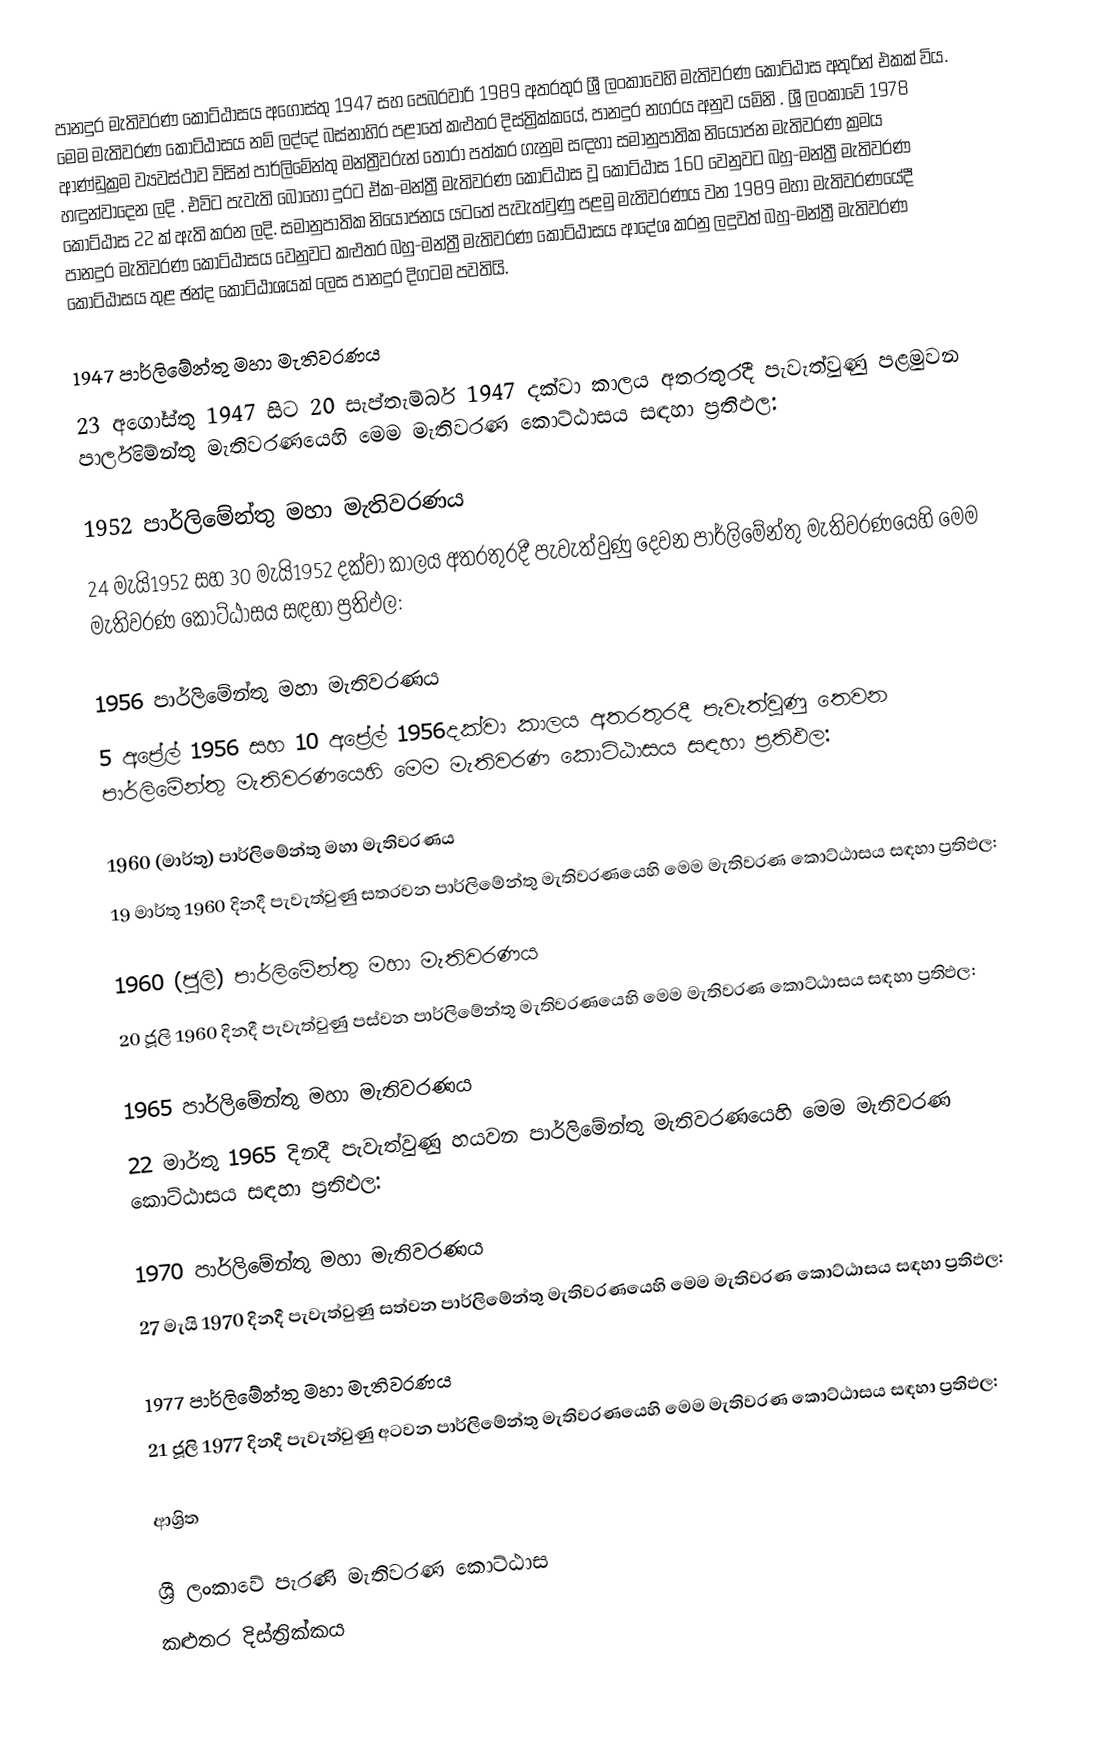
පානදුර මැතිවරණ කොට්ඨාසය  අගෝස්තු 1947 සහ පෙබරවාරි 1989 අතරතුර  ශ්‍රී ලංකාවෙහි  මැතිවරණ කොට්ඨාස අතුරින් එකක් විය. මෙම මැතිවරණ කොට්ඨාසය නම් ලද්දේ බස්නාහිර පළාතේ කළුතර දිස්ත්‍රික්කයේ,  පානදුර  නගරය අනුව යමිනි . ශ්‍රී ලංකාවේ 1978 ආණ්ඩුක්‍රම ව්‍යවස්ථාව විසින්   පාර්ලිමේන්තු මන්ත්‍රීවරුන් තෝරා පත්කර ගැනුම සඳහා සමානුපාතික නියෝජන මැතිවරණ ක්‍රමය හඳුන්වාදෙන ලදි . එවිට පැවැති බොහෝ දුරට  ඒක-මන්ත්‍රී මැතිවරණ කොට්ඨාස වූ කොට්ඨාස 160 වෙනුවට බහු-මන්ත්‍රී මැතිවරණ කොට්ඨාස 22 ක් ඇති කරන ලදි. සමානුපාතික නියෝජනය යටතේ පැවැත්වුණු පළමු මැතිවරණය වන 1989 මහා මැතිවරණයේදී  පානදුර මැතිවරණ කොට්ඨාසය වෙනුවට කළුතර බහු-මන්ත්‍රී මැතිවරණ කොට්ඨාසය  ආදේශ කරනු ලදුවත් බහු-මන්ත්‍රී මැතිවරණ කොට්ඨාසය තුළ ඡන්ද කොට්ඨාශයක් ලෙස පානදුර දිගටම පවතියි.

1947 පාර්ලිමේන්තු මහා මැතිවරණය
23 අගෝස්තු 1947 සිට 20 සැප්තැම්බර් 1947 දක්වා කාලය අතරතුරදී පැවැත්වුණු  පළමුවන පාර්ලිමේන්තු මැතිවරණයෙහි මෙම මැතිවරණ කොට්ඨාසය සඳහා ප්‍රතිඵල:

1952 පාර්ලිමේන්තු මහා මැතිවරණය
24 මැයි1952 සහ 30 මැයි1952 දක්වා කාලය අතරතුරදී පැවැත්වුණු  දෙවන පාර්ලිමේන්තු මැතිවරණයෙහි මෙම මැතිවරණ කොට්ඨාසය සඳහා ප්‍රතිඵල:

1956 පාර්ලිමේන්තු මහා මැතිවරණය
5 අප්‍රේල් 1956 සහ 10 අප්‍රේල් 1956දක්වා කාලය අතරතුරදී පැවැත්වුණු  තෙවන පාර්ලිමේන්තු මැතිවරණයෙහි මෙම මැතිවරණ කොට්ඨාසය සඳහා ප්‍රතිඵල:

1960 (මාර්තු) පාර්ලිමේන්තු මහා මැතිවරණය
19 මාර්තු 1960 දිනදී පැවැත්වුණු  සතරවන පාර්ලිමේන්තු මැතිවරණයෙහි මෙම මැතිවරණ කොට්ඨාසය සඳහා ප්‍රතිඵල:

1960 (ජූලි) පාර්ලිමේන්තු මහා මැතිවරණය
20 ජූලි 1960 දිනදී පැවැත්වුණු  පස්වන පාර්ලිමේන්තු මැතිවරණයෙහි මෙම මැතිවරණ කොට්ඨාසය සඳහා ප්‍රතිඵල:

1965 පාර්ලිමේන්තු මහා මැතිවරණය
22 මාර්තු 1965  දිනදී පැවැත්වුණු  හයවන පාර්ලිමේන්තු මැතිවරණයෙහි මෙම මැතිවරණ කොට්ඨාසය සඳහා ප්‍රතිඵල:

1970 පාර්ලිමේන්තු මහා මැතිවරණය
27 මැයි 1970 දිනදී පැවැත්වුණු  සත්වන පාර්ලිමේන්තු මැතිවරණයෙහි මෙම මැතිවරණ කොට්ඨාසය සඳහා ප්‍රතිඵල:

1977 පාර්ලිමේන්තු මහා මැතිවරණය
21 ජූලි 1977 දිනදී පැවැත්වුණු  අටවන පාර්ලිමේන්තු මැතිවරණයෙහි මෙම මැතිවරණ කොට්ඨාසය සඳහා ප්‍රතිඵල:

ආශ්‍රිත

ශ්‍රී ලංකාවේ පැරණි මැතිවරණ කොට්ඨාස
කළුතර දිස්ත්‍රික්කය